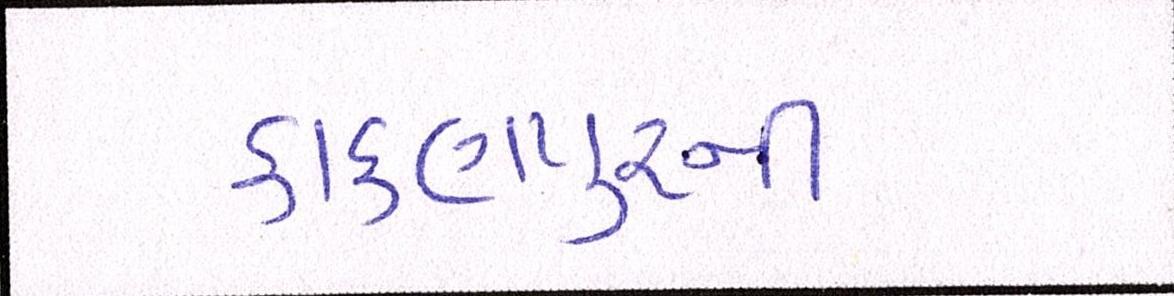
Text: કાંકણપુરની